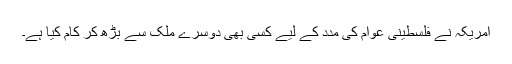
امریکہ نے فلسطینی عوام کی مدد کے لیے کسی بھی دوسرے ملک سے بڑھ کر کام کیا ہے۔